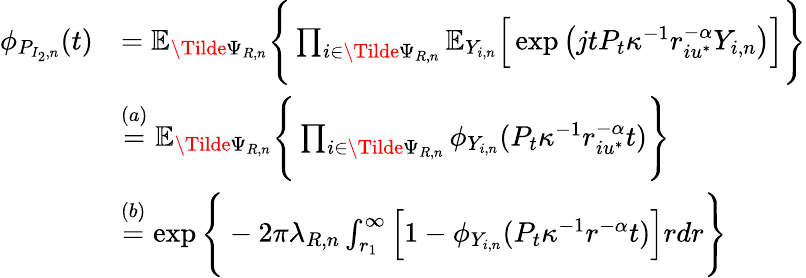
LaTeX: \begin{array}{rl}{\phi_{P_{I_{2},n}}(t)}&{=\mathbb{E}_{\Tilde{\Psi}_{R,n}}\Bigg\{ \prod_{i\in\Tilde{\Psi}_{R,n}}\mathbb{E}_{Y_{i,n}}\Big[\exp\big(jtP_{t}\kappa^{-1}r_{iu^{*}}^{-\alpha}Y_{i,n}\big)\Big]\Bigg\} }\\ {\ }&{\stackrel{(a)}{=}\mathbb{E}_{\Tilde{\Psi}_{R,n}}\Bigg\{ \prod_{i\in\Tilde{\Psi}_{R,n}}\phi_{Y_{i,n}}(P_{t}\kappa^{-1}r_{iu^{*}}^{-\alpha}t)\Bigg\} }\\ {\ }&{\stackrel{(b)}{=}\exp\Bigg\{ -2\pi\lambda_{R,n}\int_{r_{1}}^{\infty}\Big[1-\phi_{Y_{i,n}}(P_{t}\kappa^{-1}r^{-\alpha}t)\Big]rdr\Bigg\} }\end{array}